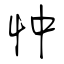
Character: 忡